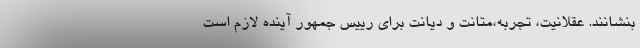
بنشانند. عقلانیت، تجربه،متانت و دیانت برای رییس جمهور آینده لازم است